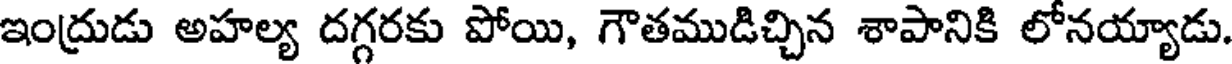
ఇంద్రుడు అహల్య దగ్గరకు పోయి, గౌతముడిచ్చిన శాపానికి లోనయ్యాడు.